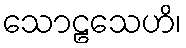
သောဠသေဟိ၊